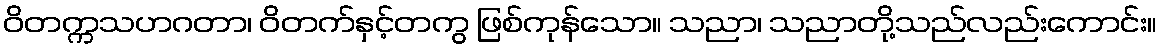
ဝိတက္ကသဟဂတာ၊ ဝိတက်နှင့်တကွ ဖြစ်ကုန်သော။ သညာ၊ သညာတို့သည်လည်းကောင်း။